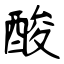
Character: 酸